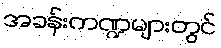
အခန်းကဏ္ဍများတွင်